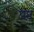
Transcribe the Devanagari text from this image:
पष्ट